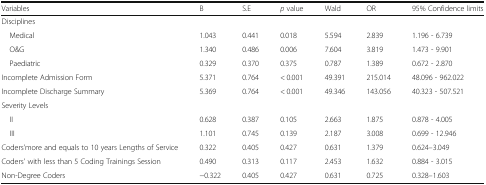
<table><thead><tr><td><b>Variables</b></td><td><b>B</b></td><td><b>S.E</b></td><td><b><i>p</i> value</b></td><td><b>Wald</b></td><td><b>OR</b></td><td><b>95% Confidence limits</b></td></tr></thead><tbody><tr><td colspan="7">Disciplines</td></tr><tr><td> Medical</td><td>1.043</td><td>0.441</td><td>0.018</td><td>5.594</td><td>2.839</td><td>1.196 - 6.739</td></tr><tr><td> O&amp;G</td><td>1.340</td><td>0.486</td><td>0.006</td><td>7.604</td><td>3.819</td><td>1.473 - 9.901</td></tr><tr><td> Paediatric</td><td>0.329</td><td>0.370</td><td>0.375</td><td>0.787</td><td>1.389</td><td>0.672 - 2.870</td></tr><tr><td>Incomplete Admission Form</td><td>5.371</td><td>0.764</td><td>&lt; 0.001</td><td>49.391</td><td>215.014</td><td>48.096 - 962.022</td></tr><tr><td>Incomplete Discharge Summary</td><td>5.369</td><td>0.764</td><td>&lt; 0.001</td><td>49.346</td><td>143.056</td><td>40.323 - 507.521</td></tr><tr><td colspan="7">Severity Levels</td></tr><tr><td> II</td><td>0.628</td><td>0.387</td><td>0.105</td><td>2.663</td><td>1.875</td><td>0.878 - 4.005</td></tr><tr><td> III</td><td>1.101</td><td>0.745</td><td>0.139</td><td>2.187</td><td>3.008</td><td>0.699 - 12.946</td></tr><tr><td>Coders’more and equals to 10 years Lengths of Service</td><td>0.322</td><td>0.405</td><td>0.427</td><td>0.631</td><td>1.379</td><td>0.624–3.049</td></tr><tr><td>Coders’ with less than 5 Coding Trainings Session</td><td>0.490</td><td>0.313</td><td>0.117</td><td>2.453</td><td>1.632</td><td>0.884 - 3.015</td></tr><tr><td>Non-Degree Coders</td><td>−0.322</td><td>0.405</td><td>0.427</td><td>0.631</td><td>0.725</td><td>0.328–1.603</td></tr></tbody></table>